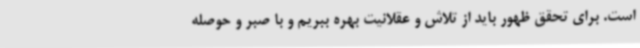
است. برای تحقق ظهور باید از تلاش و عقلانیت بهره ببریم و با صبر و حوصله